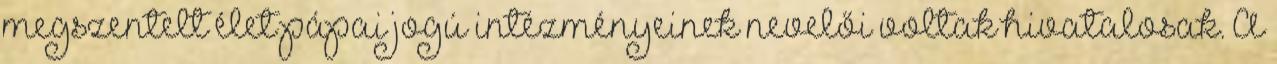
megszentelt élet pápai jogú intézményeinek nevelői voltak hivatalosak. A